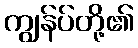
ကျွန်ပ်တို့၏